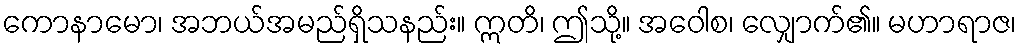
ကောနာမော၊ အဘယ်အမည်ရှိသနည်း။ ဣတိ၊ ဤသို့။ အဝေါစ၊ လျှောက်၏။ မဟာရာဇ၊